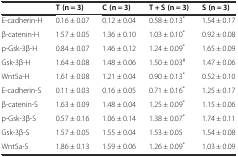
<table><thead><tr><td></td><td><b>T (n = 3)</b></td><td><b>C (n = 3)</b></td><td><b>T + S (n = 3)</b></td><td><b>S (n = 3)</b></td></tr></thead><tbody><tr><td>E-cadherin-H</td><td>0.16 ± 0.07</td><td>0.12 ± 0.04</td><td>0.58 ± 0.13<sup>*</sup></td><td>1.54 ± 0.17</td></tr><tr><td>β-catenin-H</td><td>1.57 ± 0.05</td><td>1.36 ± 0.10</td><td>1.03 ± 0.10<sup>*</sup></td><td>0.92 ± 0.08</td></tr><tr><td>p-Gsk-3β-H</td><td>0.84 ± 0.07</td><td>1.46 ± 0.12</td><td>1.24 ± 0.09<sup>*</sup></td><td>1.65 ± 0.09</td></tr><tr><td>Gsk-3β-H</td><td>1.64 ± 0.08</td><td>1.48 ± 0.06</td><td>1.50 ± 0.03<sup>#</sup></td><td>1.47 ± 0.06</td></tr><tr><td>Wnt5a-H</td><td>1.61 ± 0.08</td><td>1.21 ± 0.04</td><td>0.90 ± 0.13<sup>*</sup></td><td>0.52 ± 0.10</td></tr><tr><td>E-cadherin-S</td><td>0.11 ± 0.03</td><td>0.16 ± 0.05</td><td>0.71 ± 0.16<sup>*</sup></td><td>1.25 ± 0.17</td></tr><tr><td>β-catenin-S</td><td>1.63 ± 0.09</td><td>1.48 ± 0.04</td><td>1.25 ± 0.09<sup>*</sup></td><td>1.15 ± 0.06</td></tr><tr><td>p-Gsk-3β-S</td><td>0.57 ± 0.16</td><td>1.06 ± 0.14</td><td>1.38 ± 0.07<sup>*</sup></td><td>1.74 ± 0.11</td></tr><tr><td>Gsk-3β-S</td><td>1.57 ± 0.05</td><td>1.55 ± 0.04</td><td>1.53 ± 0.05</td><td>1.54 ± 0.08</td></tr><tr><td>Wnt5a-S</td><td>1.86 ± 0.13</td><td>1.59 ± 0.06</td><td>1.26 ± 0.09<sup>*</sup></td><td>1.03 ± 0.09</td></tr></tbody></table>